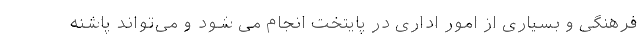
فرهنگی و بسیاری از امور اداری در پایتخت انجام می شود و می‌تواند پاشنه